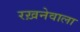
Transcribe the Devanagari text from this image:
रख़नेवाला